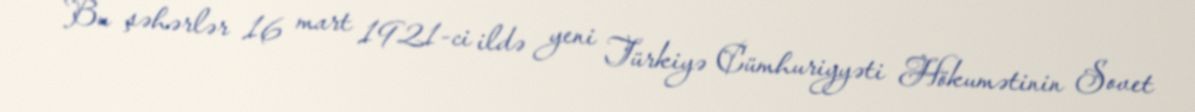
Bu şəhərlər 16 mart 1921-ci ildə yeni Türkiyə Cümhuriyyəti Hökumətinin Sovet